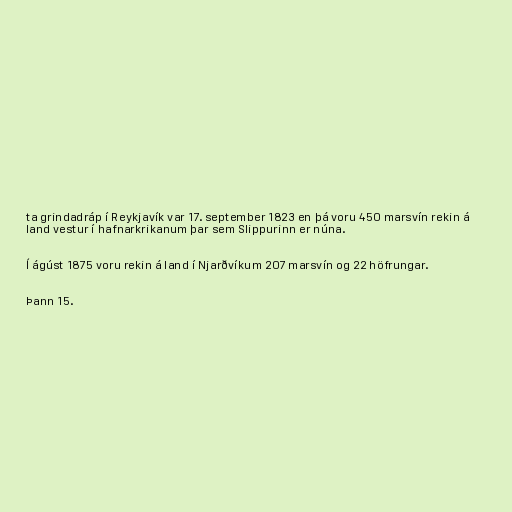
ta grindadráp í Reykjavík var 17. september 1823 en þá voru 450 marsvín rekin á
land vestur í hafnarkrikanum þar sem Slippurinn er núna.

Í ágúst 1875 voru rekin á land í Njarðvíkum 207 marsvín og 22 höfrungar.

Þann 15.